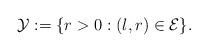
LaTeX: \begin{align*}\mathcal{Y}:= \{r>0: (l,r)\in \mathcal{E}\}.\end{align*}